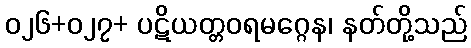
၀၂၆+၀၂၇+ ပဋိယတ္တဝရမဂ္ဂေန၊ နတ်တို့သည်